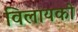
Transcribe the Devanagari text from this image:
विलायको